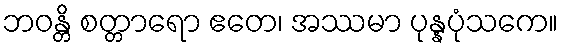
ဘဝန္တိ စတ္တာရော ဧတေ၊ အဿမာ ပုန္နပုံသကေ။